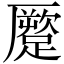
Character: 蹷